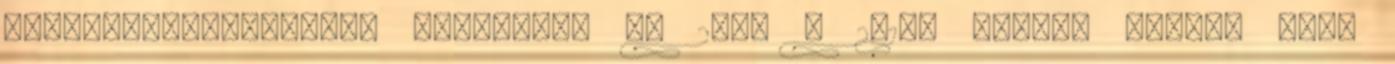
www.elderscrolls.hu gumininja HQ 2005 - 2015. Magyar Kémény Kft.